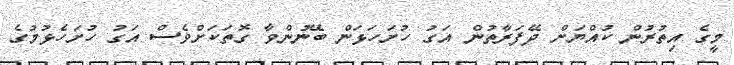
މީގެ އިތުރުން ކުއްޔަށް ދޭފަރާތުން އަގު ހުށަހަޅަން ބޭނުންވާ ގޮތަކަށްވެސް އަގު ހުށަހެޅުމުގެ